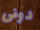
دونى